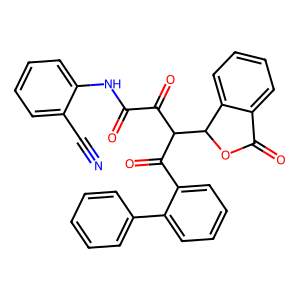
SMILES: N#Cc1ccccc1NC(=O)C(=O)C(C(=O)c1ccccc1-c1ccccc1)C1OC(=O)c2ccccc21
Inhibits HIV replication: No